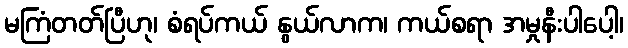
မကြံတတ်ပြီဟု၊ စံရပ်ကယ် နွယ်လာက၊ ကယ်စရာ အမှုနီးပါပေါ့၊